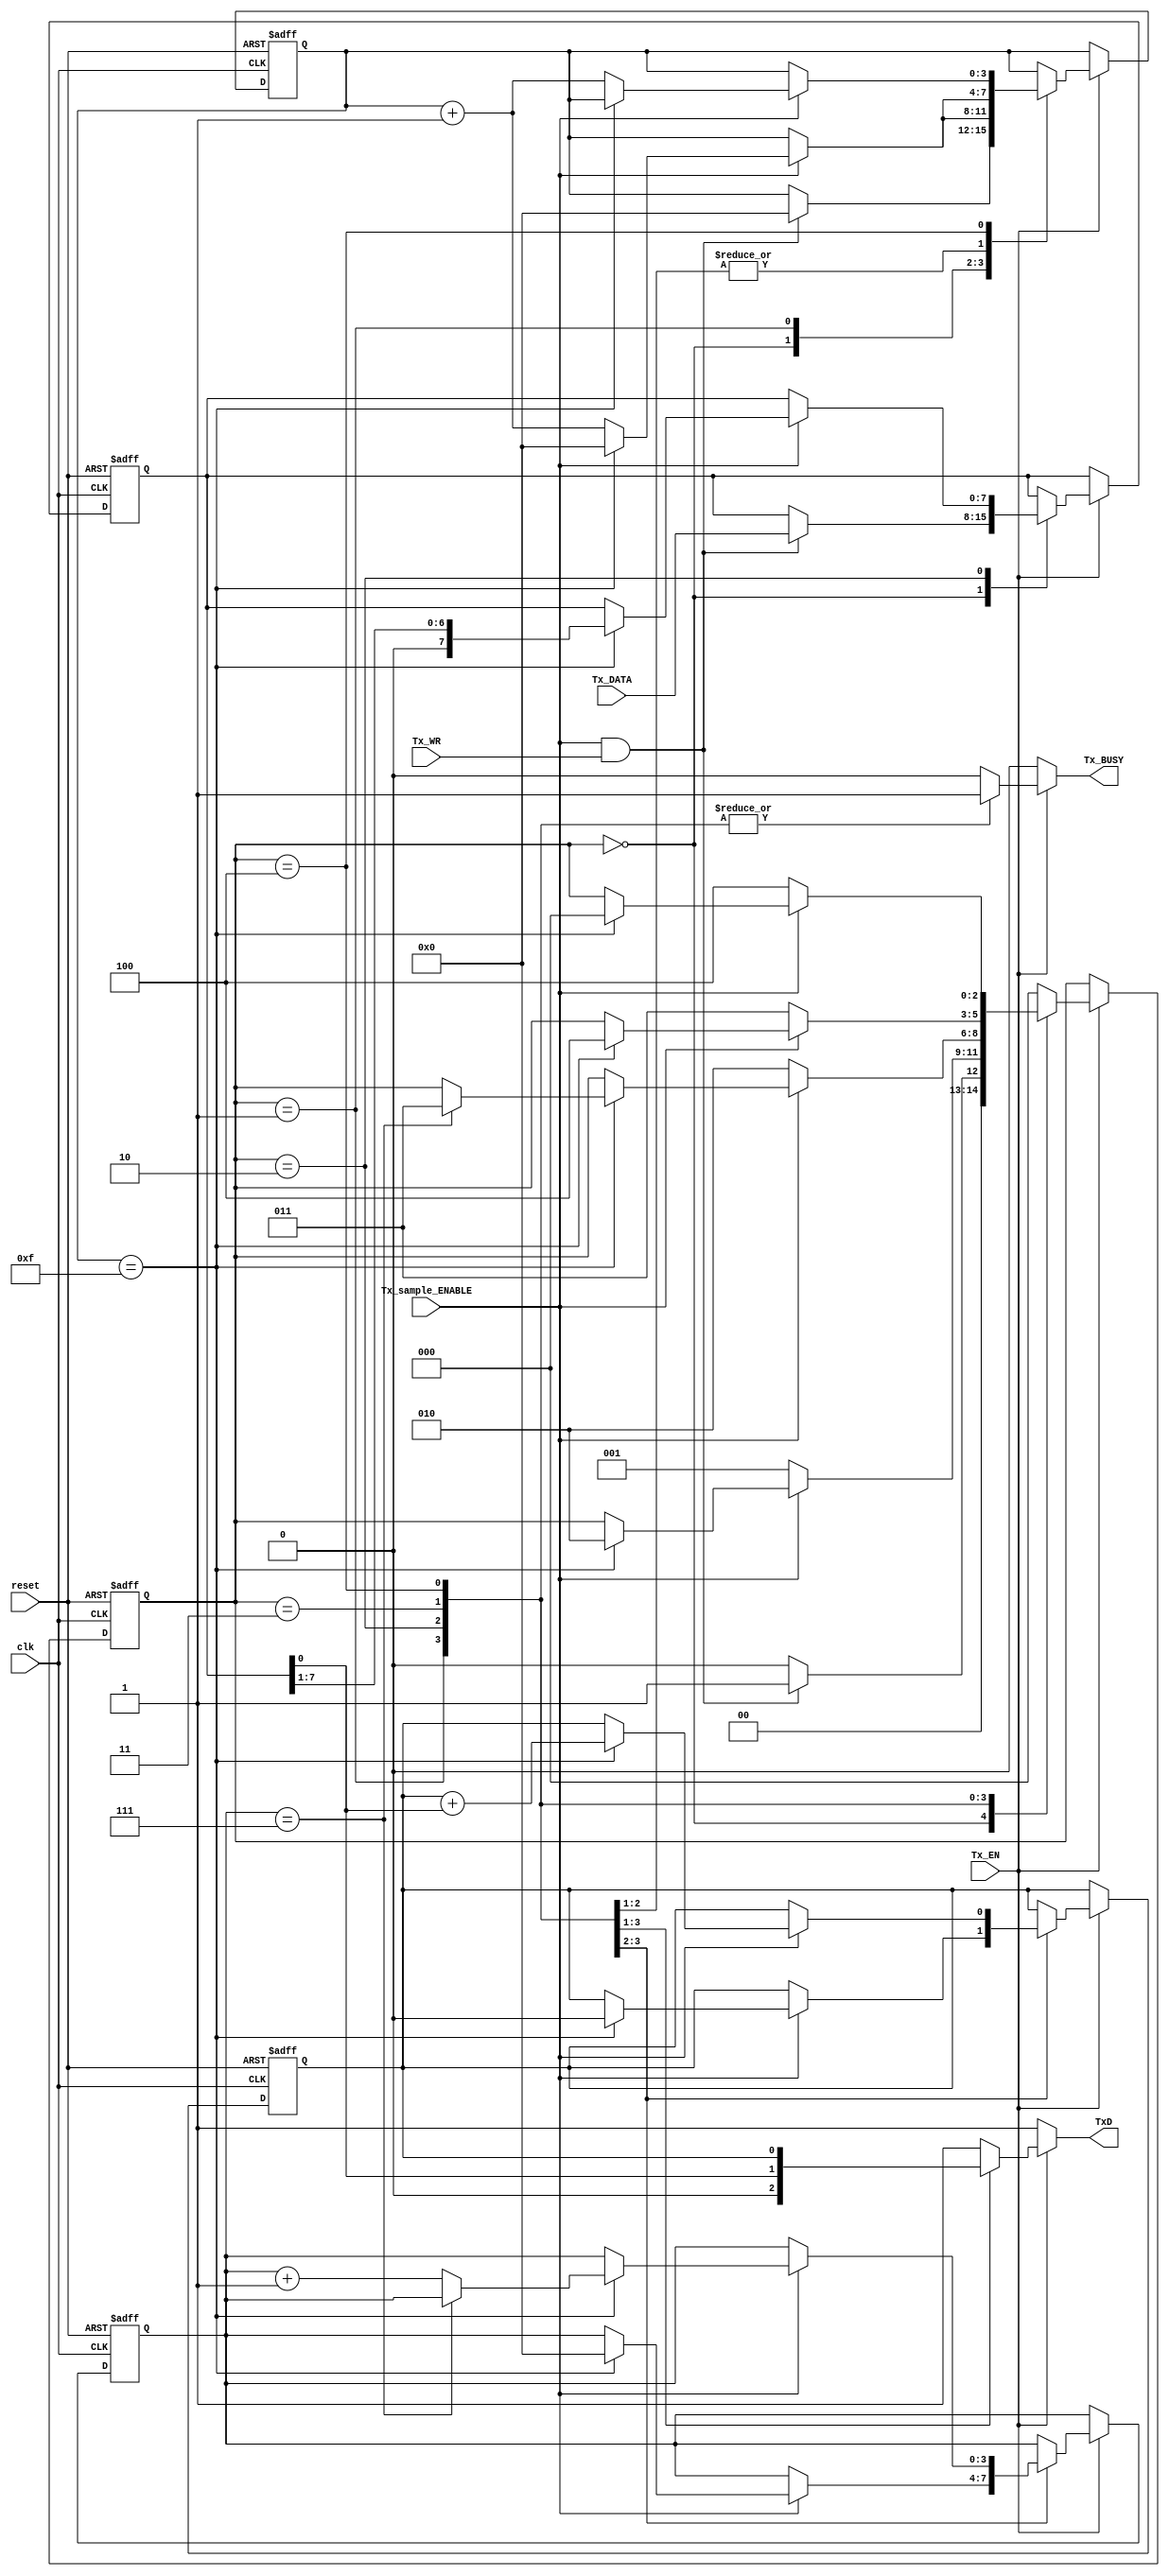
`timescale 1ns / 1ps

module uart_transmitter_FSM(reset, clk, Tx_DATA, Tx_WR, Tx_EN, Tx_sample_ENABLE, TxD, Tx_BUSY);
input reset, clk;
input [7:0] Tx_DATA;
input Tx_EN;
input Tx_WR;
input Tx_sample_ENABLE;
output TxD;
output Tx_BUSY;

reg TxD, Tx_BUSY;

/*Declare the states in the fsm*/
parameter 	idle = 0,
			start = 1,
			trans = 2,
			parity = 3,
			stop = 4;

reg [2:0] decision, decision_next;/*decision is state and decision_next next_state*/
reg [3:0] count_s, count_s_next, count_n, count_n_next;
reg [7:0] buffer, buffer_next;/*used to store data so that we can alter them*/
reg add, add_next;/*parity bit*/

/*FSM for sequential logic*/
always@ (posedge clk or posedge reset) begin
	if(reset)
	begin
		decision <= idle;
		count_s <= 4'b0000;
		count_n <= 4'b0000;
		buffer <= 8'b0000000;
		add <= 1'b0;
	end
	else begin
		decision <= decision_next;
		count_s <= count_s_next;
		count_n <= count_n_next;
		buffer <= buffer_next;
		add <= add_next;
	end
end

/*FSM for combinational logic*/
always@ (Tx_EN or Tx_WR or decision or Tx_sample_ENABLE or count_s or count_n or buffer or add or Tx_DATA) begin
	decision_next = decision;
	count_s_next = count_s;
	count_n_next = count_n;
	buffer_next = buffer;
	add_next = add;
	TxD = 1;
	Tx_BUSY = 0;
	if(Tx_EN) begin
		case(decision)
		idle: begin 
				  TxD = 1;
				  Tx_BUSY = 0;
				  if(Tx_sample_ENABLE && Tx_WR) begin
					decision_next = start;
					count_s_next = 0;
					buffer_next = Tx_DATA;
				  end
				  else 
					decision_next = idle;
			  end
		start: begin
				TxD = 0; //start bit
				Tx_BUSY = 1;
				if(Tx_sample_ENABLE)
				begin
					if(count_s == 15)
					begin
						add_next = 1'b0;
						count_s_next = 0;
						count_n_next = 0;
						decision_next = trans;
					end
					else
					begin
						count_s_next = count_s + 4'b0001;
					end
				end
				else
					decision_next = start;
			   end
		trans: begin
				TxD = buffer[0];
				Tx_BUSY = 1;
				if(Tx_sample_ENABLE) begin
					if(count_s == 15)
					begin
						add_next = add + TxD;
						count_s_next = 0;
						buffer_next = buffer >> 1;
						if(count_n == 7)
							decision_next = parity;
						else
							count_n_next = count_n + 4'b0001;
					end
					else
						count_s_next = count_s + 1;
				end
				else
					decision_next = trans;
			   end
		parity: begin
				TxD = add;
				Tx_BUSY = 1;
				if(Tx_sample_ENABLE) begin
					if(count_s == 15)
					begin
						count_s_next = 0;
						decision_next = stop;
					end
					else
						count_s_next = count_s + 1;
				end
				else
					decision_next = parity;
				end
		stop: begin
				TxD = 1;
				Tx_BUSY = 1;
				if(Tx_sample_ENABLE) begin
					if(count_s == 15) begin
						decision_next = idle;
					end
					else
						count_s_next = count_s + 1;
				end
				else
					decision_next = stop;
			  end
		default: begin
			//idle
			decision_next = idle;
		  end
		endcase
	end
	else begin
		//idle
		TxD = 1;
		Tx_BUSY = 0;
	end
end

endmodule